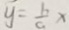
y = \frac { b } { a } x